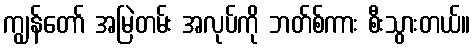
ကျွန်တော် အမြဲတမ်း အလုပ်ကို ဘတ်စ်ကား စီးသွားတယ်။